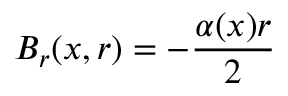
B _ { r } ( x , r ) = - \frac { \alpha ( x ) r } { 2 }